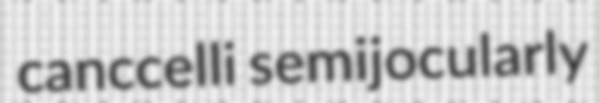
canccelli semijocularly